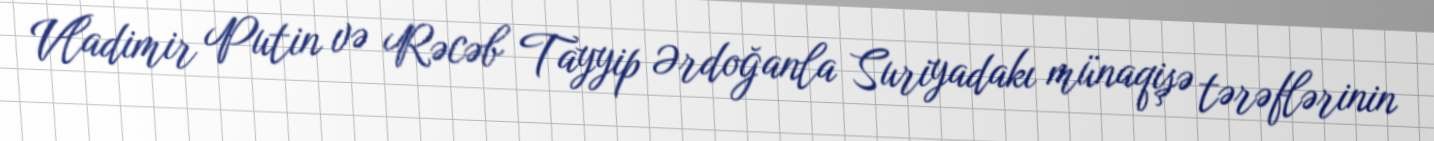
Vladimir Putin və Rəcəb Tayyip Ərdoğanla Suriyadakı münaqişə tərəflərinin